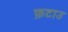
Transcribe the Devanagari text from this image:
फ़टाउ